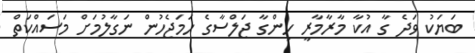
ބަޔަކު ވަދެ ގާ އުކާ މާރާމާރީ ހިންގާ ޖަލްސާގެ ހަމަޖެހުން ނަގާލުމަށް މަސައްކަތް